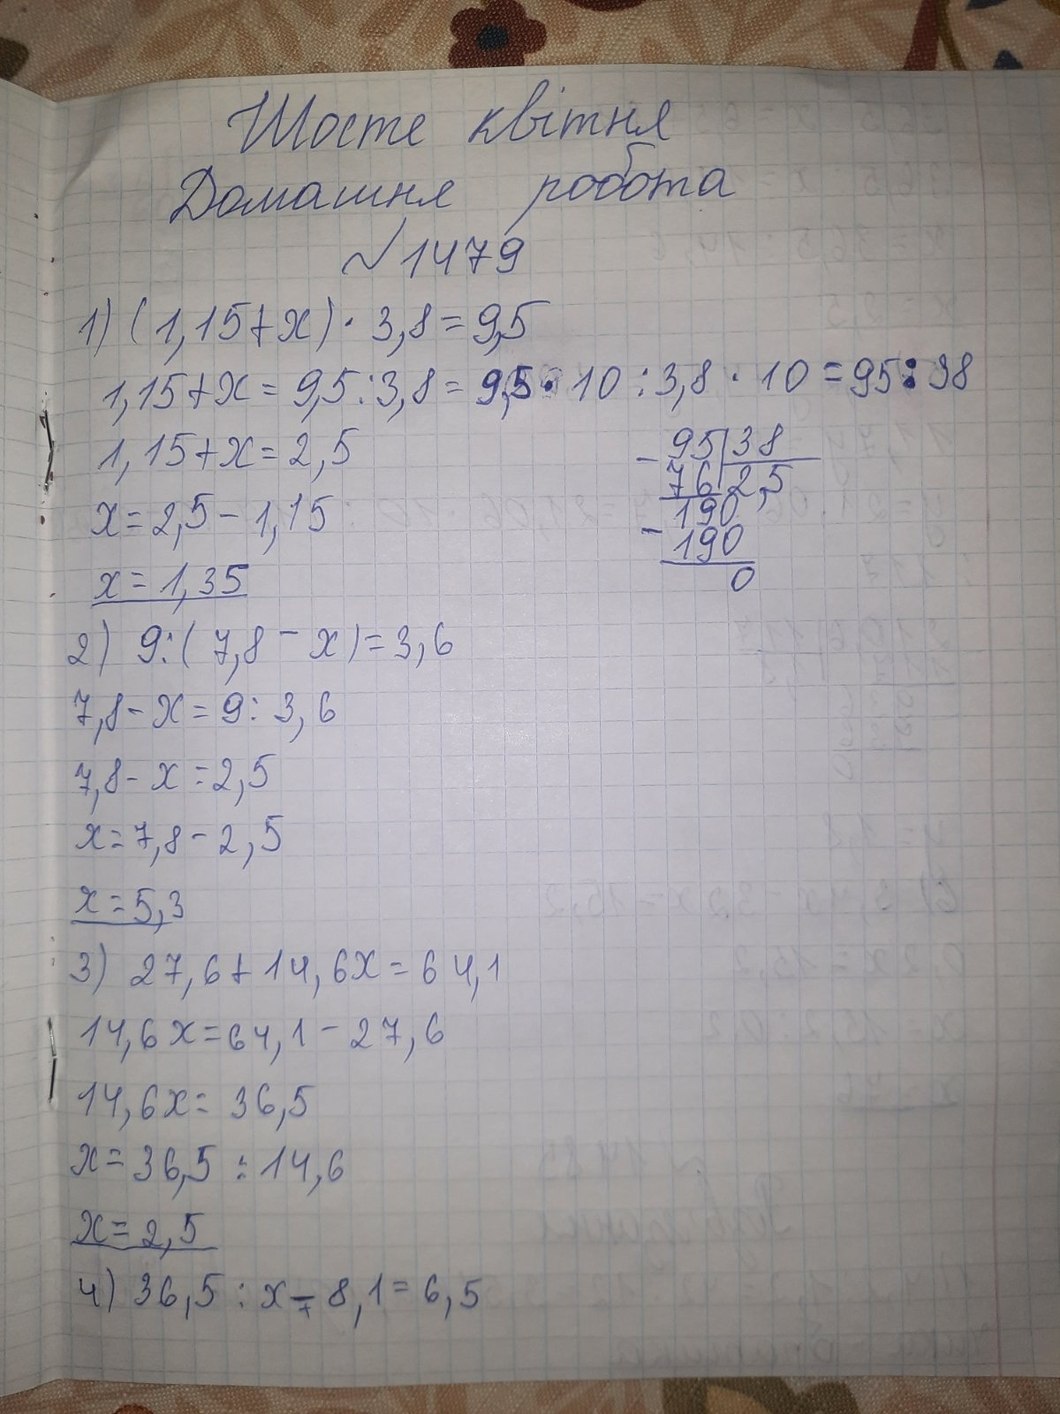
Шосте квітня
Домашня робота
N 1479
1) (1,15 + x) \cdot 3,8 = 9,5
1,15 + x = 9,5 : 3,8 = 9,5 · 10 : 3,8 · 10 = 95 : 38
\begin{array}{r|l} 95 & 38 \\ \cline{2-2} - 76 & 2,5 \\ \cline{1-1} - 190 & \\ 190& \\ \cline{1-1} 0 & \end{array}
1,15 + x = 2,5
x = 2,5 - 1,15
x = 1,35
2) \quad 9 : (7,8 - x) = 3,6
7,8 - x = 9 : 3,6
7,8 - x = 2,5
x = 7, 8 - 2, 5
x = 5,3
3)  27,6 + 14,6x = 64,1
14,6x=64,1-27,6
14,6x = 36,5
x = 36,5 : 14,6
x = 2,5
4) 36,5 : x -+ 8,1 = 6,5